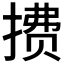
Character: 𫽧